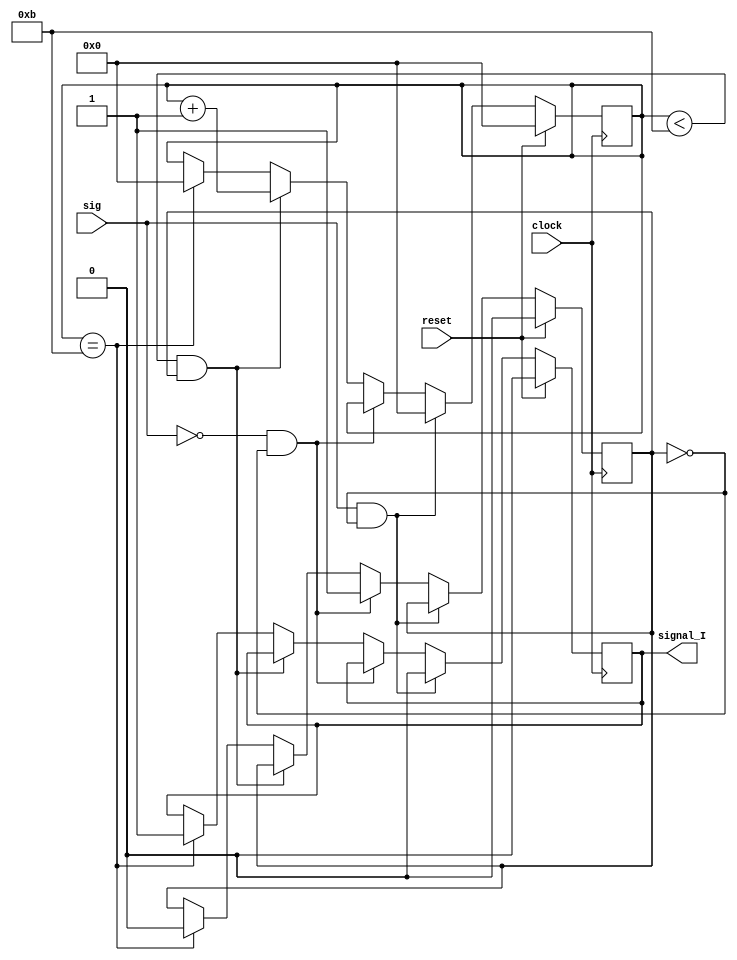
module I_signal(signal_I,clock,reset,sig);

input clock,reset;
output signal_I;
reg [3:0] count;
reg signal_I;
input sig;
reg sigCheck;


always@(posedge clock)
begin
	if(reset)
	begin
		count <= 4'b0000;
		signal_I <= 1'b0;
		sigCheck <= 1'b0;	
	end
	else if (sig && sigCheck == 1'b0)
	begin
		count <= 4'b0000;
		signal_I <= 1'b0;
	end
	else if (!sig && sigCheck == 1'b0)
		sigCheck <= 1'b1;
	else if(count < 4'b1011 && (sigCheck == 1'b1))
		count <= count + 1'b1;
	else if (count == 4'b1011)
	begin
		count <= 4'b0000;
		sigCheck <= 1'b0;
		signal_I <= 1'b1;
	end
end
endmodule